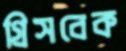
গ্রিসবেক